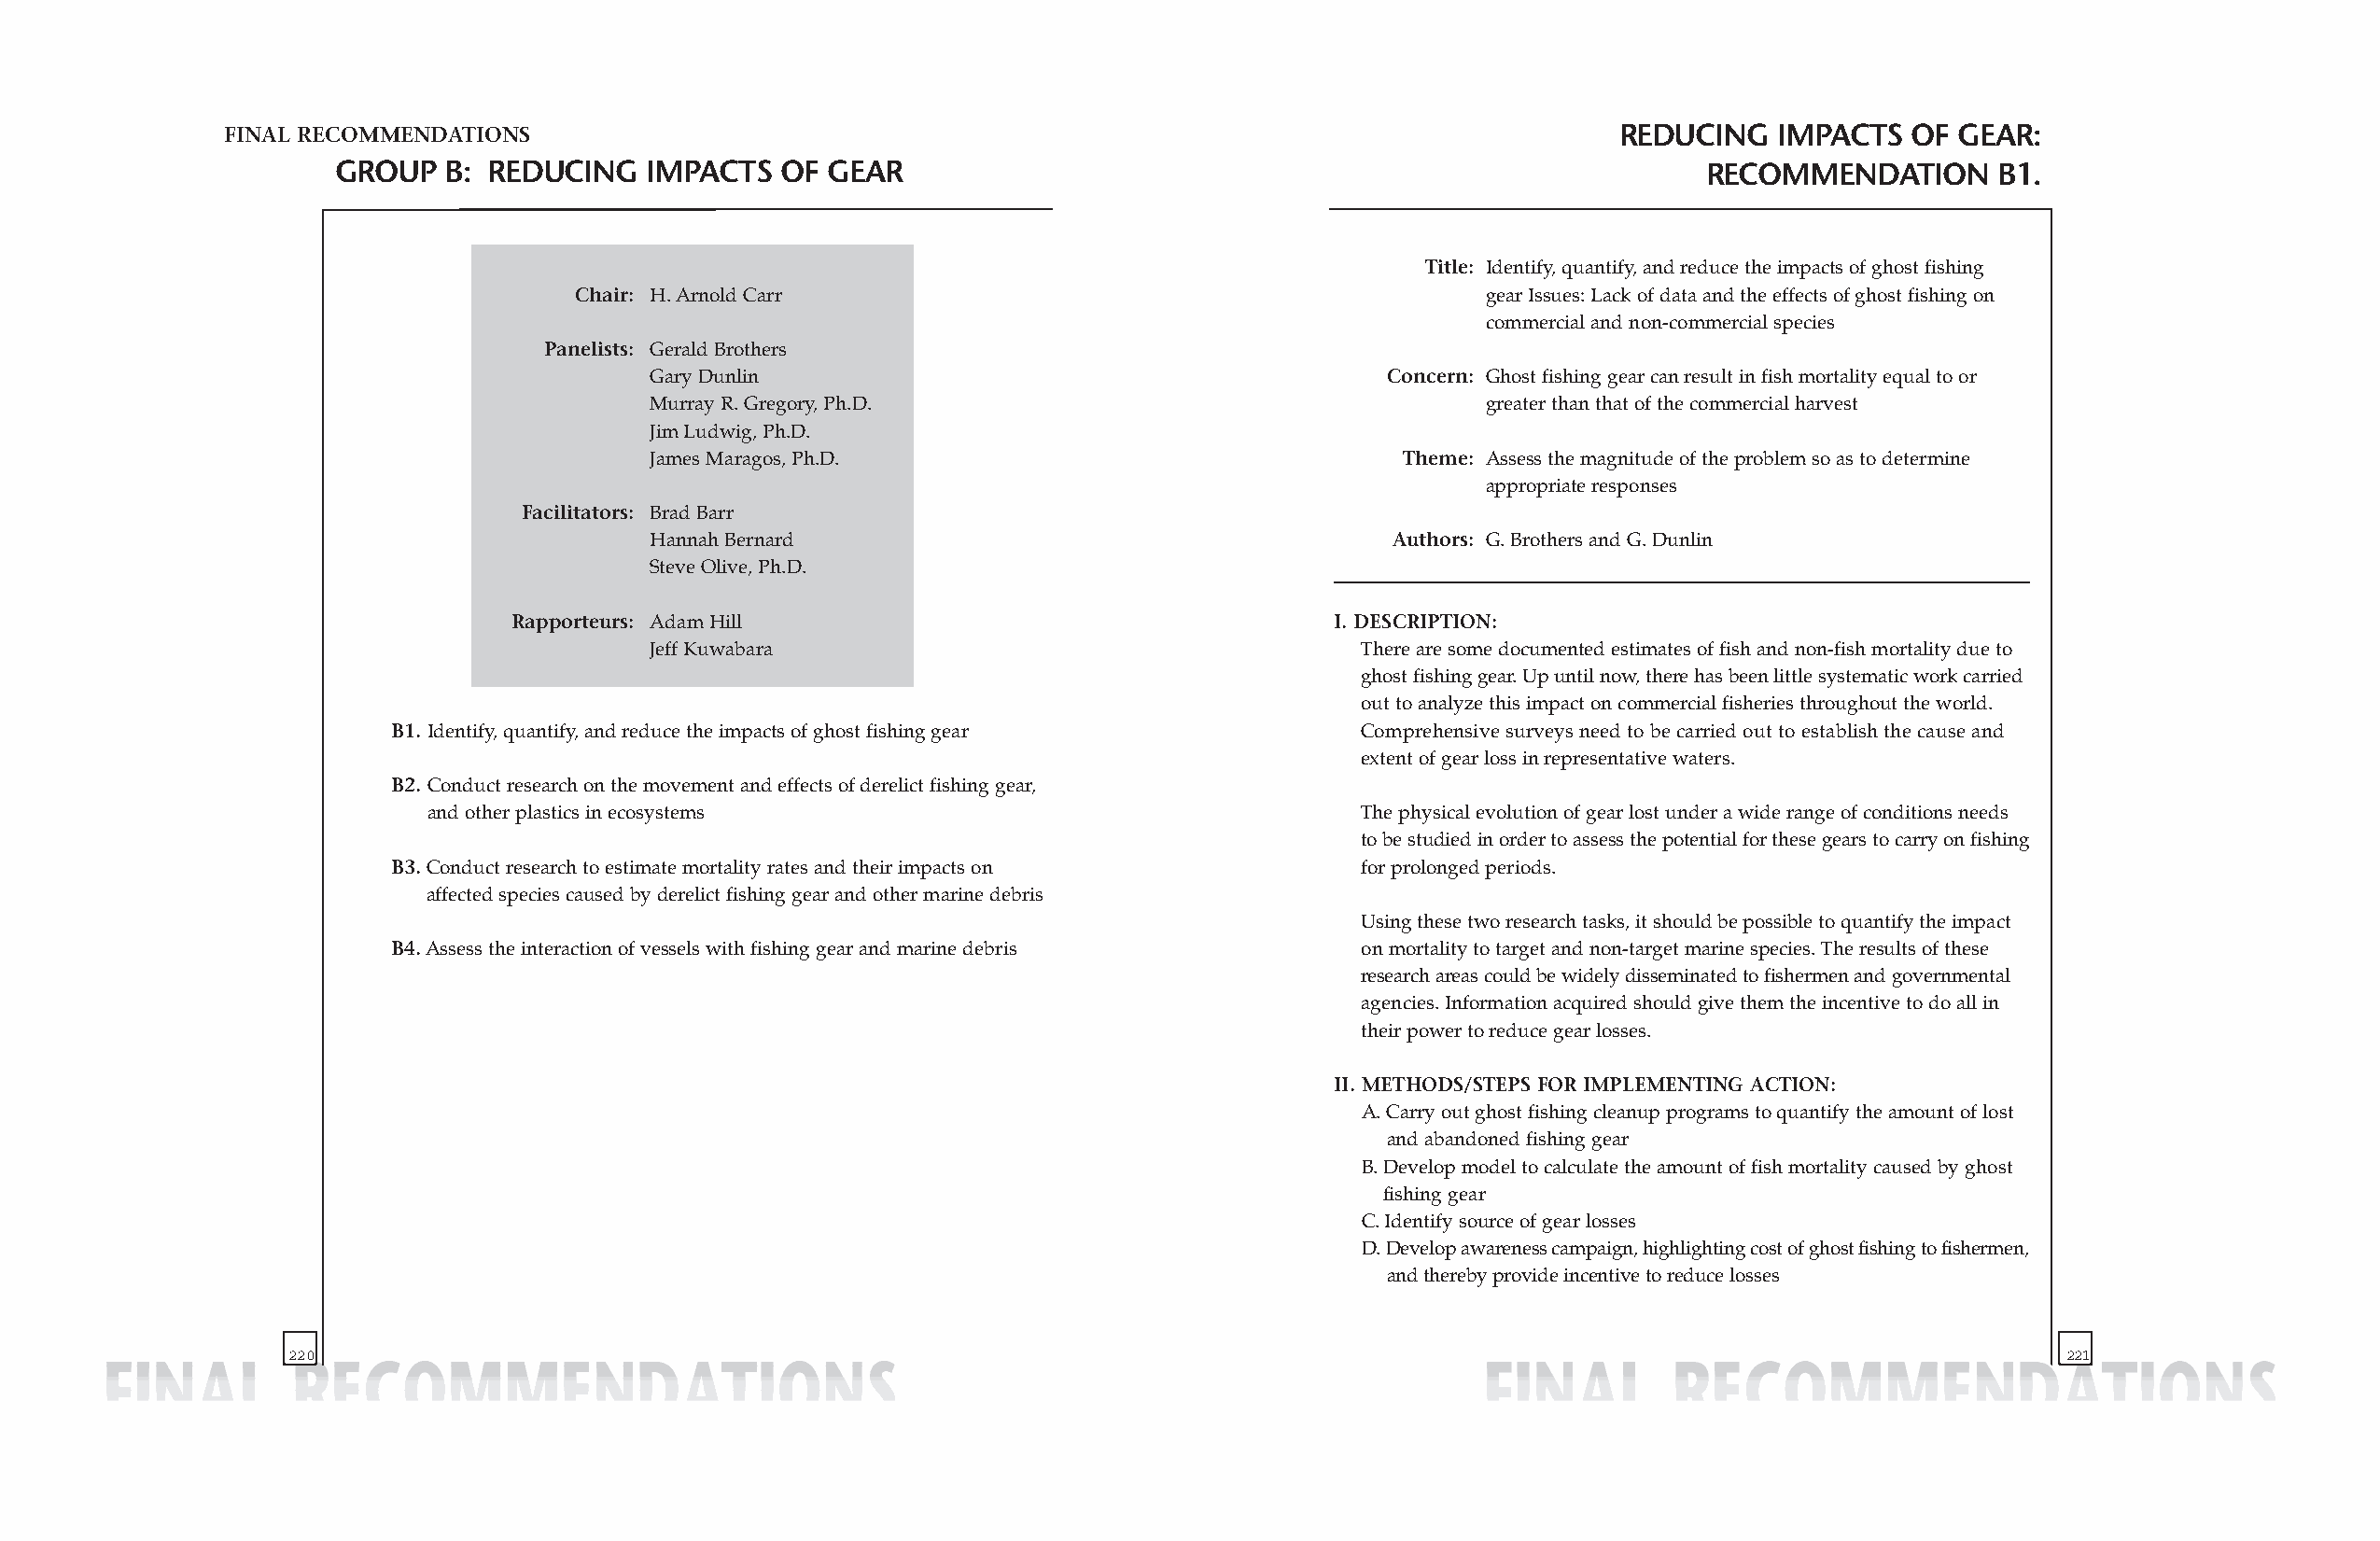
FINAL RECOMMENDATIONS                                                                              REDUCING   IMPACTS   OF GEAR:
 GROUP   B: REDUCING   IMPACTS  OF  GEAR                                                          RECOMMENDATION       B1.
 Title: Identify, quantify, and reduce the impacts of ghost fishing
 Chair: H. Arnold Carr                                           gear Issues: Lack of data and the effects of ghost fishing on
 commercial and non-commercial species
 Panelists: Gerald Brothers
 Gary Dunlin                                         Concern: Ghost fishing gear can result in fish mortality equal to or
 Murray R. Gregory, Ph.D.                                   greater than that of the commercial harvest
 Jim Ludwig, Ph.D.
 James Maragos, Ph.D.                                  Theme: Assess the magnitude of the problem so as to determine
 appropriate responses
 Facilitators: Brad Barr
 Hannah Bernard                                       Authors: G. Brothers and G. Dunlin
 Steve Olive, Ph.D.
 Rapporteurs: Adam Hill                                     I. DESCRIPTION:
 Jeff Kuwabara                                      There are some documented estimates of fish and non-fish mortality due to
 ghost fishing gear. Up until now, there has been little systematic work carried
 out to analyze this impact on commercial fisheries throughout the world.
 B1. Identify, quantify, and reduce the impacts of ghost fishing gear Comprehensive surveys need to be carried out to establish the cause and
 extent of gear loss in representative waters.
 B2. Conduct research on the movement and effects of derelict fishing gear,
 and other plastics in ecosystems                                   The physical evolution of gear lost under a wide range of conditions needs
 to be studied in order to assess the potential for these gears to carry on fishing
 B3.Conduct research to estimate mortality rates and their impacts on for prolonged periods.
 affected species caused by derelict fishing gear and other marine debris
 Using these two research tasks, it should be possible to quantify the impact
 B4.Assess the interaction of vessels with fishing gear and marine debris on mortality to target and non-target marine species. The results of these
 research areas could be widely disseminated to fishermen and governmental
 agencies. Information acquired should give them the incentive to do all in
 their power to reduce gear losses.
 II. METHODS/STEPS FOR IMPLEMENTING ACTION:
 A. Carry out ghost fishing cleanup programs to quantify the amount of lost
 and abandoned fishing gear
 B. Develop model to calculate the amount of fish mortality caused by ghost
 fishing gear
 C. Identify source of gear losses
 D. Develop awareness campaign, highlighting cost of ghost fishing to fishermen,
 and thereby provide incentive to reduce losses
 220                                                                                                                            221